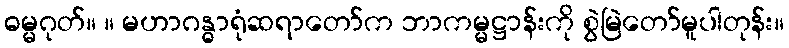
ဓမ္မဂုတ်။ ။ မဟာဂန္ဓာရုံဆရာတော်က ဘာကမ္မဋ္ဌာန်းကို စွဲမြဲတော်မူပါတုန်း။